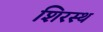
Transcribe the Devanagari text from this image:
शिरस्थ